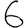
Digit: 6